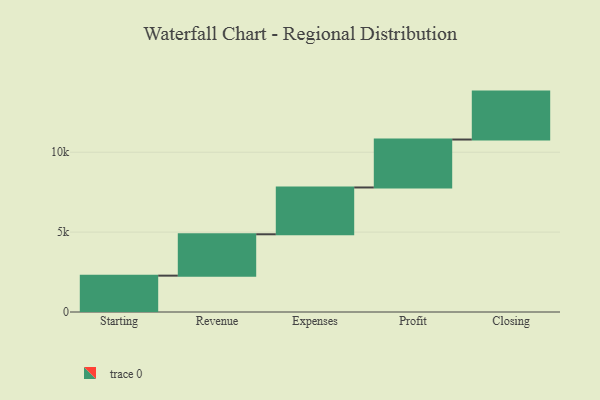
{"axis": {"x": "Step", "y": "Value"}, "legend": [""], "data": [{"x": "Starting", "y": 2275.0, "type": ""}, {"x": "Revenue", "y": 2589.0, "type": ""}, {"x": "Expenses", "y": 2930.0, "type": ""}, {"x": "Profit", "y": 3000, "type": ""}, {"x": "Closing", "y": 3000, "type": ""}]}